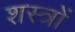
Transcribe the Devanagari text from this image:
शस्‍त्रों